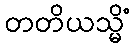
တတိယသ္မိံ